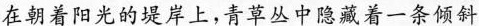
在朝着阳光的堤岸上,青草丛中隐藏着一条倾斜